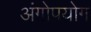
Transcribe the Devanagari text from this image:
अंगोपयोग